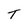
Character: T